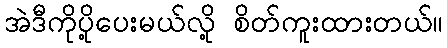
အဲဒီကိုပို့ပေးမယ်လို့ စိတ်ကူးထားတယ်။